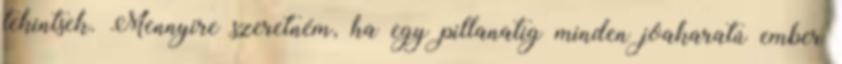
tekintsek. Mennyire szeretném, ha egy pillanatig minden jóakaratú ember